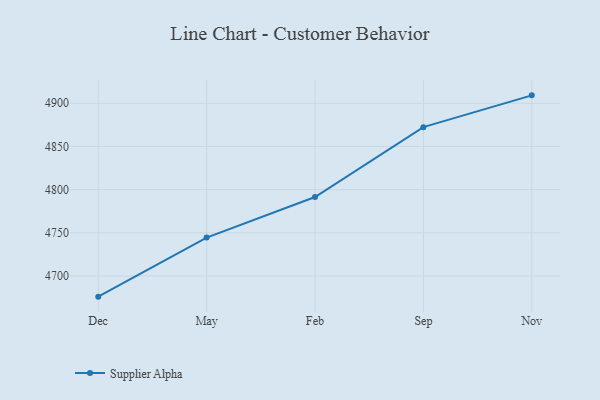
{"axis": {"x": "Month", "y": "Latency (ms)"}, "legend": ["Supplier Alpha"], "data": [{"x": "Dec", "y": 4676.1, "type": "Supplier Alpha"}, {"x": "May", "y": 4744.5, "type": "Supplier Alpha"}, {"x": "Feb", "y": 4791.5, "type": "Supplier Alpha"}, {"x": "Sep", "y": 4872.4, "type": "Supplier Alpha"}, {"x": "Nov", "y": 4909.2, "type": "Supplier Alpha"}]}